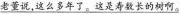
\underline{老董说,这么多年了，这是寿数长的树啊。}